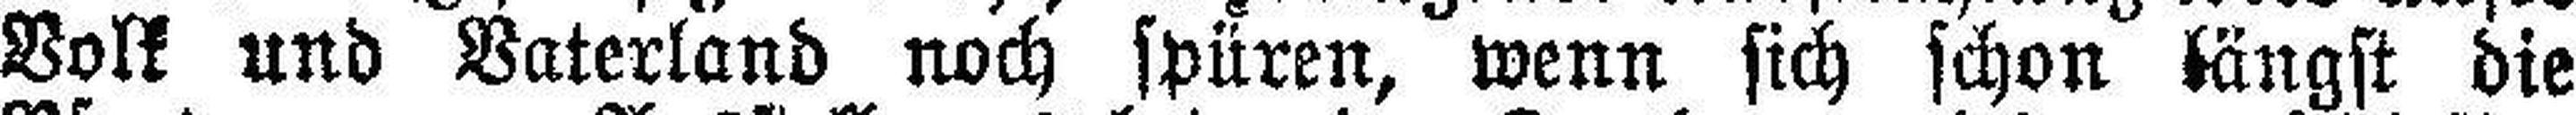
Volk und Vaterland noch spüren, wenn sich schon längst die